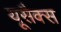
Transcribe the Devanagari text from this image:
यूसैक्स